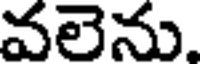
వలెను.